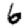
Digit: 6